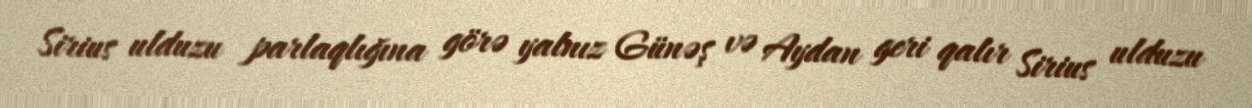
Sirius ulduzu parlaqlığına görə yalnız Günəş və Aydan geri qalır Sirius ulduzu